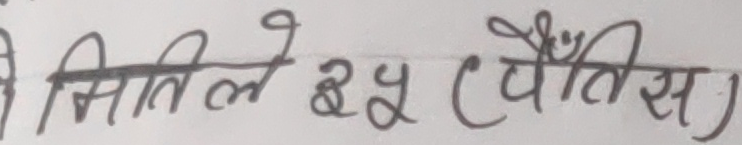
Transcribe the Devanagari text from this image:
सितिले ३५ (पैँतिस)